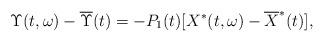
LaTeX: \begin{align*}\Upsilon(t,\omega)-\overline{\Upsilon}(t)=-P_1(t)[X^*(t,\omega)-\overline{X}^*(t)],\end{align*}